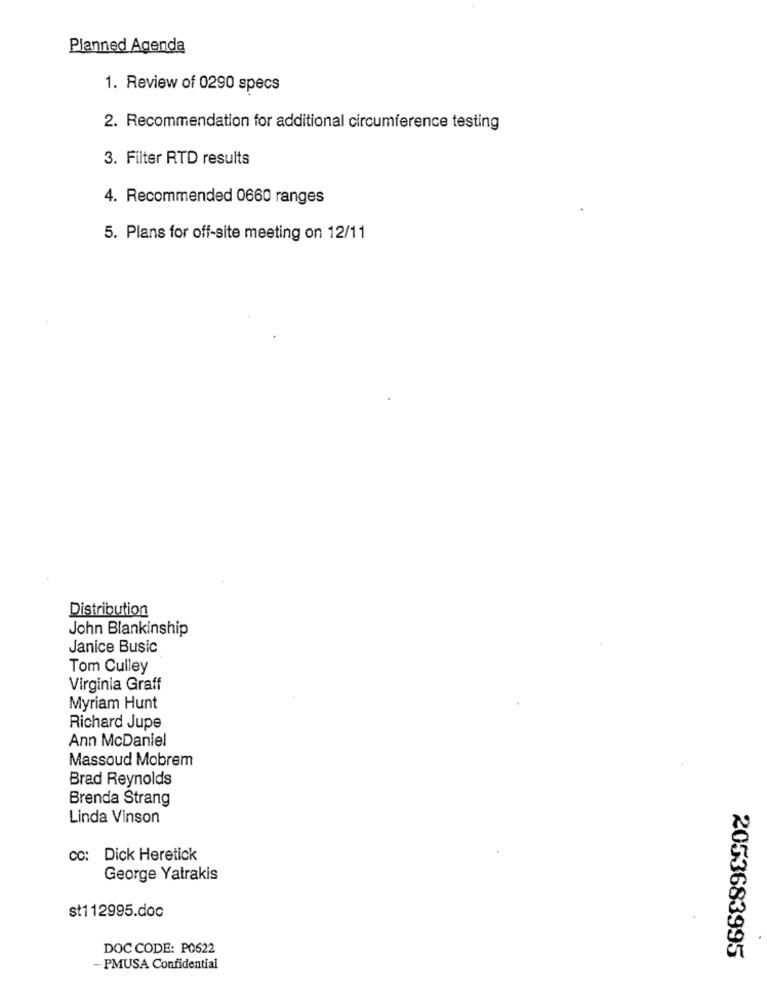
Planned Agenda
1. Review of 0290 specs
2. Recommendation for additional circumference testing
3. Filter RTD results
4. Recommended 0660 ranges
5. Plans for off-site meeting on 12/11
Distribution
John Blankinship
Janice Busic
Tom Culley
Virginia Graff
Myriam Hunt
Richard Jupe
Ann McDaniel
Massoud Mobrem
Brad Reynolds
Brenda Strang
Linda Vinson
CC: Dick Heretick
George Yatrakis
st112995.doc
DOC CODE: P0622
2053683995
-PMUSA Confidential